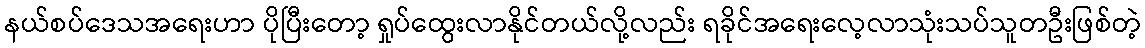
နယ်စပ်ဒေသအရေးဟာ ပိုပြီးတော့ ရှုပ်ထွေးလာနိုင်တယ်လို့လည်း ရခိုင်အရေးလေ့လာသုံးသပ်သူတဦးဖြစ်တဲ့